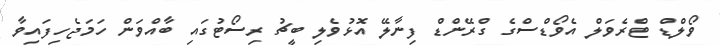
ވޯލްޑް ޓްރެވަލް އެވޯޑްސްގެ ގްރޭންޑް ފިނާލޭ އޮޅުވެލި ބީޗު ރިސޯޓުގައި ބާއްވަން ހަމަޖެހިފައިވާ